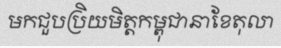
មកជួបប្រិយមិត្តកម្ពុជានាខែតុលា